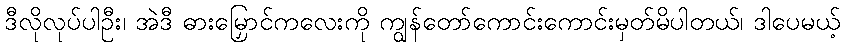
ဒီလိုလုပ်ပါဦး၊ အဲဒီ ဓားမြှောင်ကလေးကို ကျွန်တော်ကောင်းကောင်းမှတ်မိပါတယ်၊ ဒါပေမယ့်